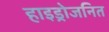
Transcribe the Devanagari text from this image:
हाइड्रोजनित